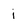
Character: i